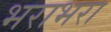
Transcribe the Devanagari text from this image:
भराभरा